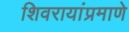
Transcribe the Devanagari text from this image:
शिवरायांप्रमाणे